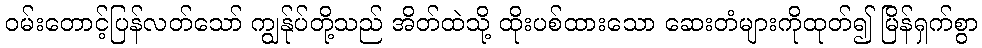
ဝမ်းတောင့်ပြန်လတ်သော် ကျွန်ုပ်တို့သည် အိတ်ထဲသို့ ထိုးပစ်ထားသော ဆေးတံများကိုထုတ်၍ မြိန်ရှက်စွာ